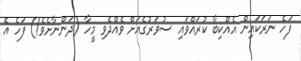
ފަހެ ނަރަކައިން އެއްކިބާ ކުރައްވައި ސުވަރުގެއަށް ވެއްދެވި މީހާ (ދަންނާށެވެ!) ފަހެ އެ